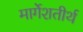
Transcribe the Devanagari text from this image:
मार्गेशतीर्थ